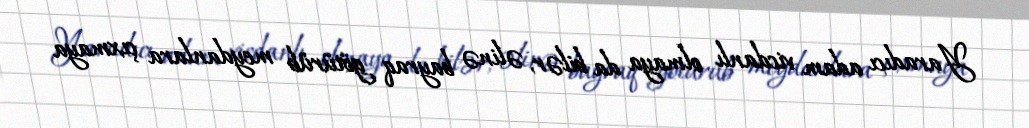
Yaradıcı adam vicdanlı olmaya da bilər, əlinə bayraq götürüb meydanlara çıxmaya